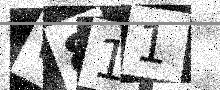
Text: W811